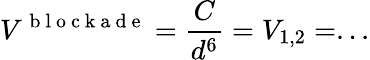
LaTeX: V^{\mathrm{~b~l~o~c~k~a~d~e~}}=\frac{C}{d^{6}}=V_{1,2}=...